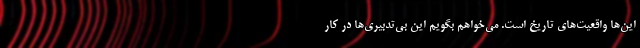
این‌ها واقعیت‌های تاریخ است. می‌خواهم بگویم این بی‌تدبیری‌ها در کار